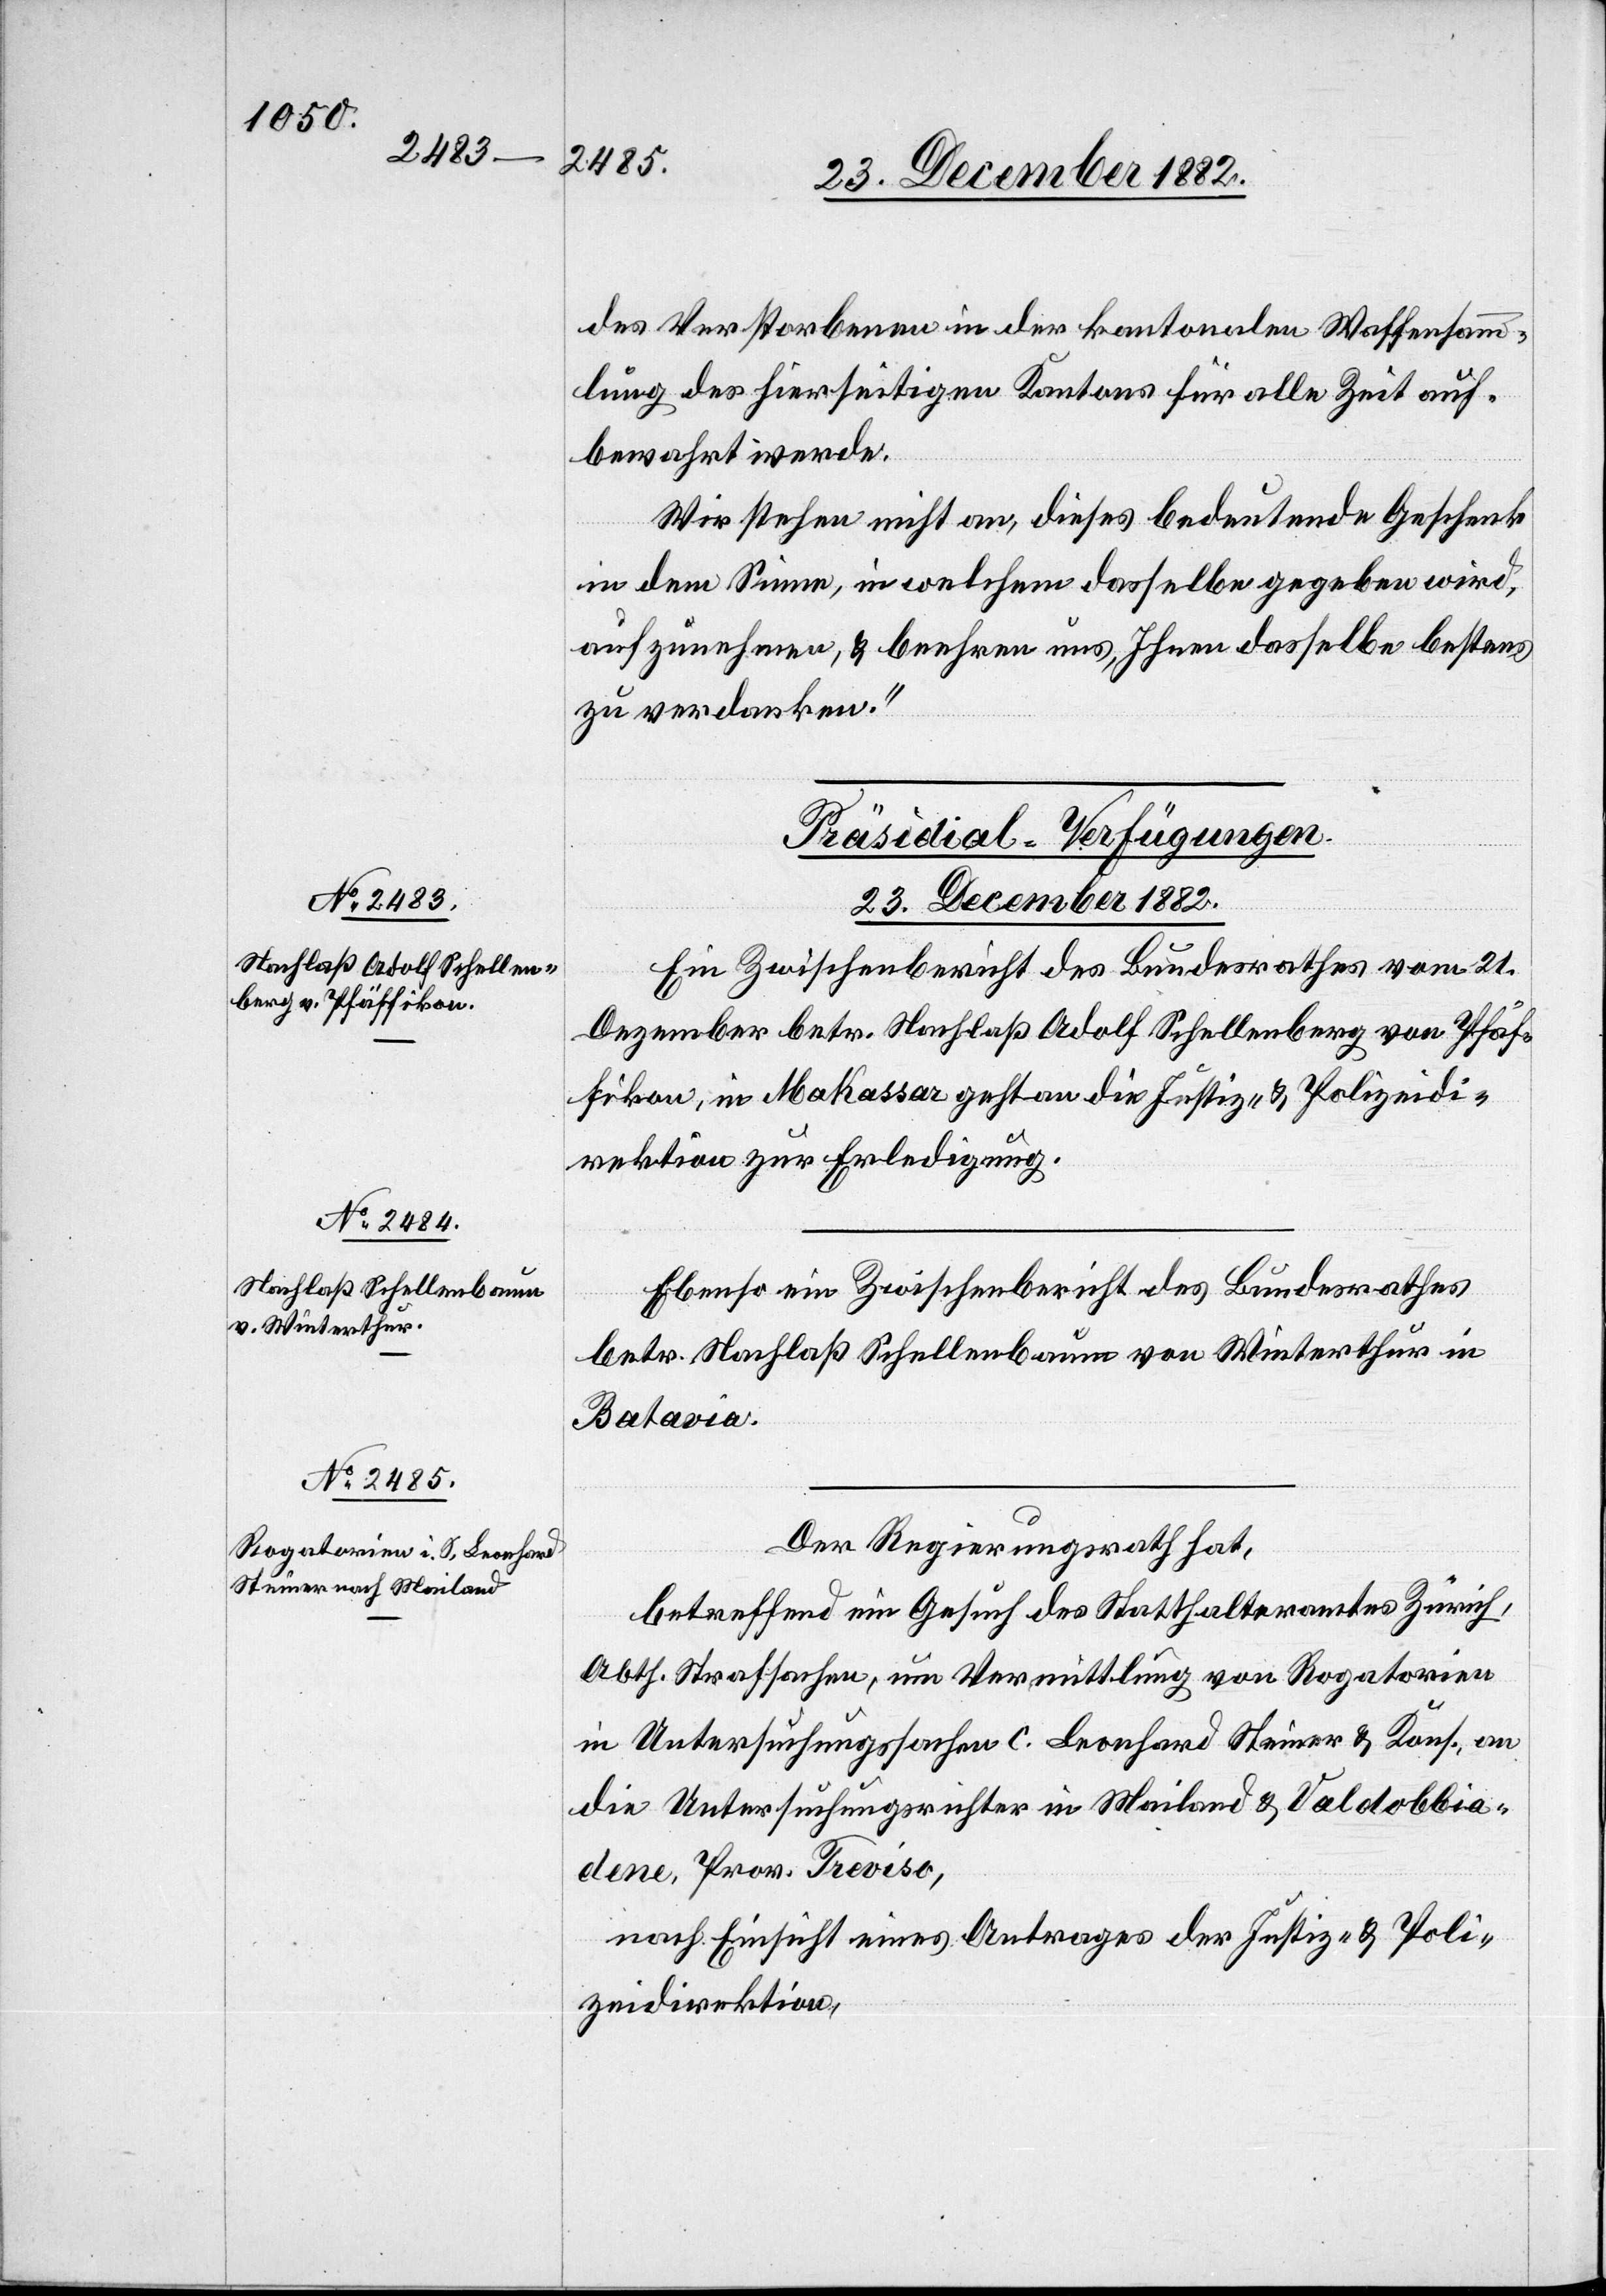
des Verstorbenen in der kantonalen Waffensamm¬
lung des hierseitigen Kantons für alle Zeit auf¬
bewahrt werde.
Wir stehen nicht an, dieses bedeutende Geschenk
in dem Sinne, in welchem dasselbe gegeben wird,
aufzunehmen, & beehren uns, Ihnen dasselbe bestens
zu verdanken.“
[Präsidial-Verfügungen.
23. December 1882.]
Ein Zwischenbericht des Bundesrathes vom 21.
Dezember betr. Nachlaß Adolf Schellenberg von Pfäf¬
fikon, in Makassar geht an die Justiz- & Polizeidi¬
rektion zur Erledigung.
Ebenso ein Zwischenbericht des Bundesrathes
betr. Nachlaß Schellenbaum von Winterthur in
Batavia.
Der Regierungsrath hat,
betreffend ein Gesuch des Statthalteramtes Zürich,
Abth. Strafsachen, um Vermittlung von Rogatorien
in Untersuchungssachen c. Leonhard Steiner & Kons. an
die Untersuchungsrichter in Mailand & Valdobbia¬
dene, Prov. Treviso,
nach Einsicht eines Antrages der Justiz- & Poli¬
zeidirektion,